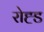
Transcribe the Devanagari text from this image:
रोह्ड